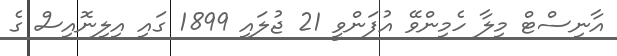
އާނިސްޓް މިލާ ހެމިންވޭ އުފަންވީ 21 ޖުލައި 1899 ގައި އިލިނޮއިސް ގެ